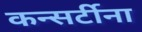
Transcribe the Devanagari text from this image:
कन्सर्टीना